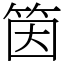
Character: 筃